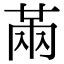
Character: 㒼